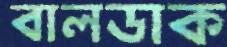
বালডাক